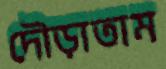
দৌড়াতাম